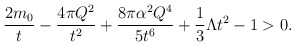
\begin{align*}\frac{2m_0}{t}-\frac{4\pi Q^2}{t^2}+\frac{8\pi\alpha^2Q^4}{5t^6}+\frac{1}{3}\Lambda t^2-1 > 0.\end{align*}